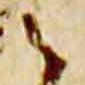
之